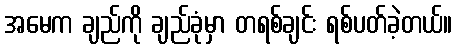
အမေက ချည်ကို ချည်ခုံမှာ တရစ်ချင်း ရစ်ပတ်ခဲ့တယ်။